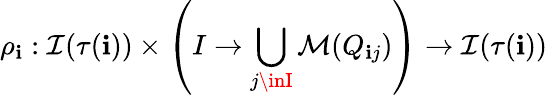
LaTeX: \rho_{\mathbf{i}}:\mathcal{{I}}(\tau(\mathbf{i}))\times\left(I\rightarrow\bigcup_{j\inI}\mathcal{{M}}(Q_{\mathbf{i}j})\right)\rightarrow\mathcal{{I}}(\tau(\mathbf{i}))